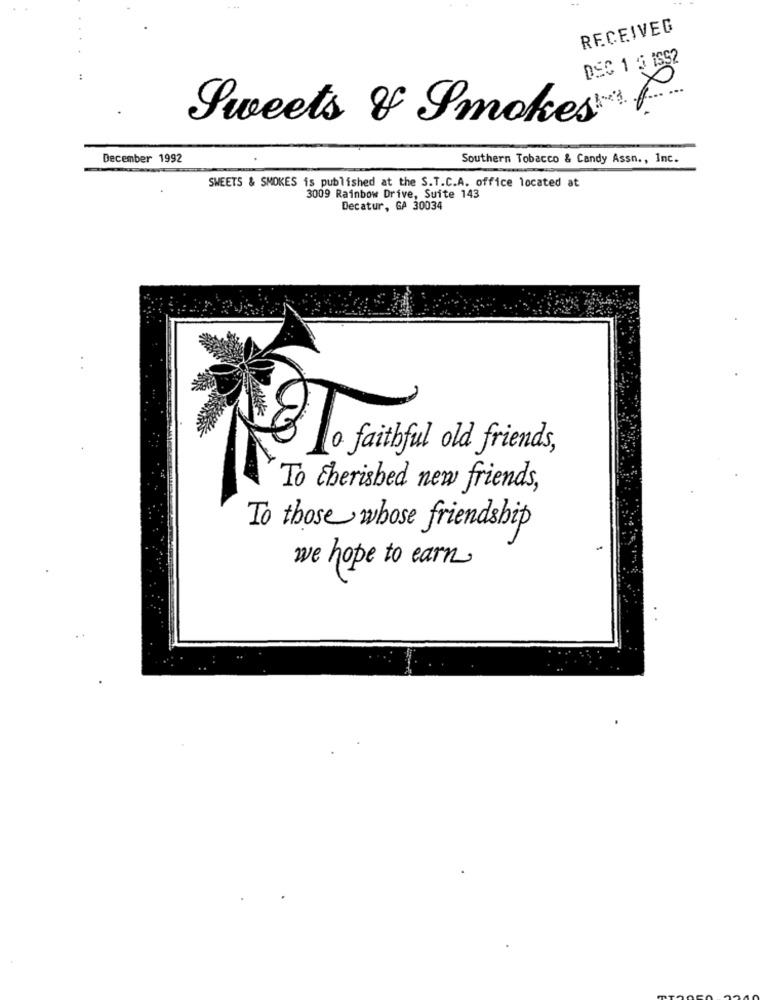
RECEIVEG
DSC 1 5 1SS2
Sweets & SmokesP
December 1992
Southern Tobacco & Candy Assn ., Inc.
SWEETS & SMOKES is published at the S.T.C.A. office located at
3009 Rainbow Drive, Suite 143
Decatur, GA 30034
Lo faithful old friends,
To cherished new friends,
To those whose friendship
we hope to earn